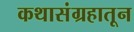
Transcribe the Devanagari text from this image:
कथासंग्रहातून